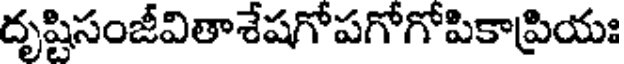
దృష్టిసంజీవితాశేషగోపగోగోపికాప్రియః